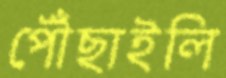
পৌঁছাইলি